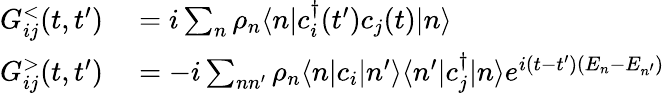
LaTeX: \begin{array}{rl}{G_{ij}^{<}(t,t^{\prime})}&{{}=i\sum_{n}\rho_{n}\langle n|c_{i}^{\dagger}(t^{\prime})c_{j}(t)|n\rangle}\\ {G_{ij}^{>}(t,t^{\prime})}&{{}=-i\sum_{nn^{\prime}}\rho_{n}\langle n|c_{i}|n^{\prime}\rangle\langle n^{\prime}|c_{j}^{\dagger}|n\rangle e^{i(t-t^{\prime})(E_{n}-E_{n^{\prime}})}}\end{array}